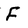
Character: F